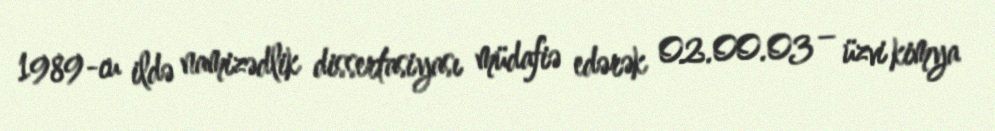
1989-cu ildə namizədlik dissertasiyası müdafiə edərək 02.00.03 – üzvi kimya